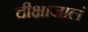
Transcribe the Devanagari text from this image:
दीक्षाजालं